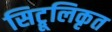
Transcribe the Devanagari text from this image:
सिट्रूलिकृत